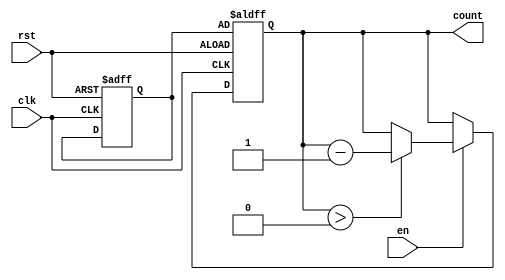
module down_counter #(
    parameter N = 8  // Define the bit width of the counter, default is 8 bits
)(
    input wire clk,         // Clock signal
    input wire rst,         // Asynchronous reset signal
    input wire en,          // Enable signal
    output reg [N-1:0] count // n-bit output for current count value
);

// Register to hold the initial value
reg [N-1:0] initial_value;

// Asynchronous reset to set the initial value
always @(posedge clk or posedge rst) begin
    if (rst) begin
        initial_value <= 8'hFF; // Set to some predefined starting value, e.g., 255
        count <= initial_value; // Initialize counter to initial value
    end else if (en) begin
        if (count > 0) begin
            count <= count - 1; // Decrement counter if enabled
        end
    end
end

endmodule